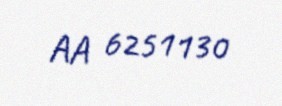
AA 6251130